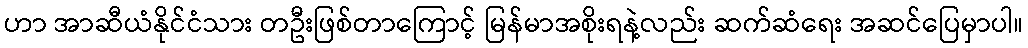
ဟာ အာဆီယံနိုင်ငံသား တဦးဖြစ်တာကြောင့် မြန်မာအစိုးရနဲ့လည်း ဆက်ဆံရေး အဆင်ပြေမှာပါ။